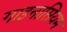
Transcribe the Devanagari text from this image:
गाइनासियम